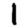
Digit: 1